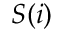
S ( i )